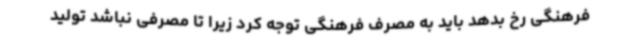
فرهنگی رخ بدهد باید به مصرف فرهنگی توجه کرد زیرا تا مصرفی نباشد تولید